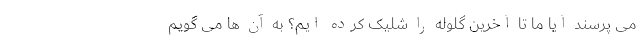
می پرسند آیا ما تا آخرین گلوله را شلیک کرده ایم؟ به آن ها می گویم